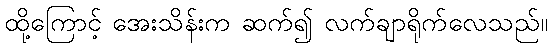
ထို့ကြောင့် အေးသိန်းက ဆက်၍ လက်ချာရိုက်လေသည်။